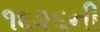
૧૬૨૬ની